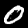
Label: 0